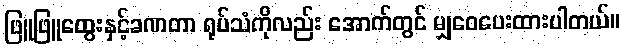
ဖြူဖြူထွေးနှင့်ခဏတာ ရုပ်သံကိုလည်း အောက်တွင် မျှဝေပေးထားပါတယ်။